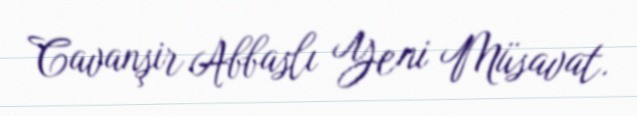
Cavanşir Abbaslı Yeni Müsavat.